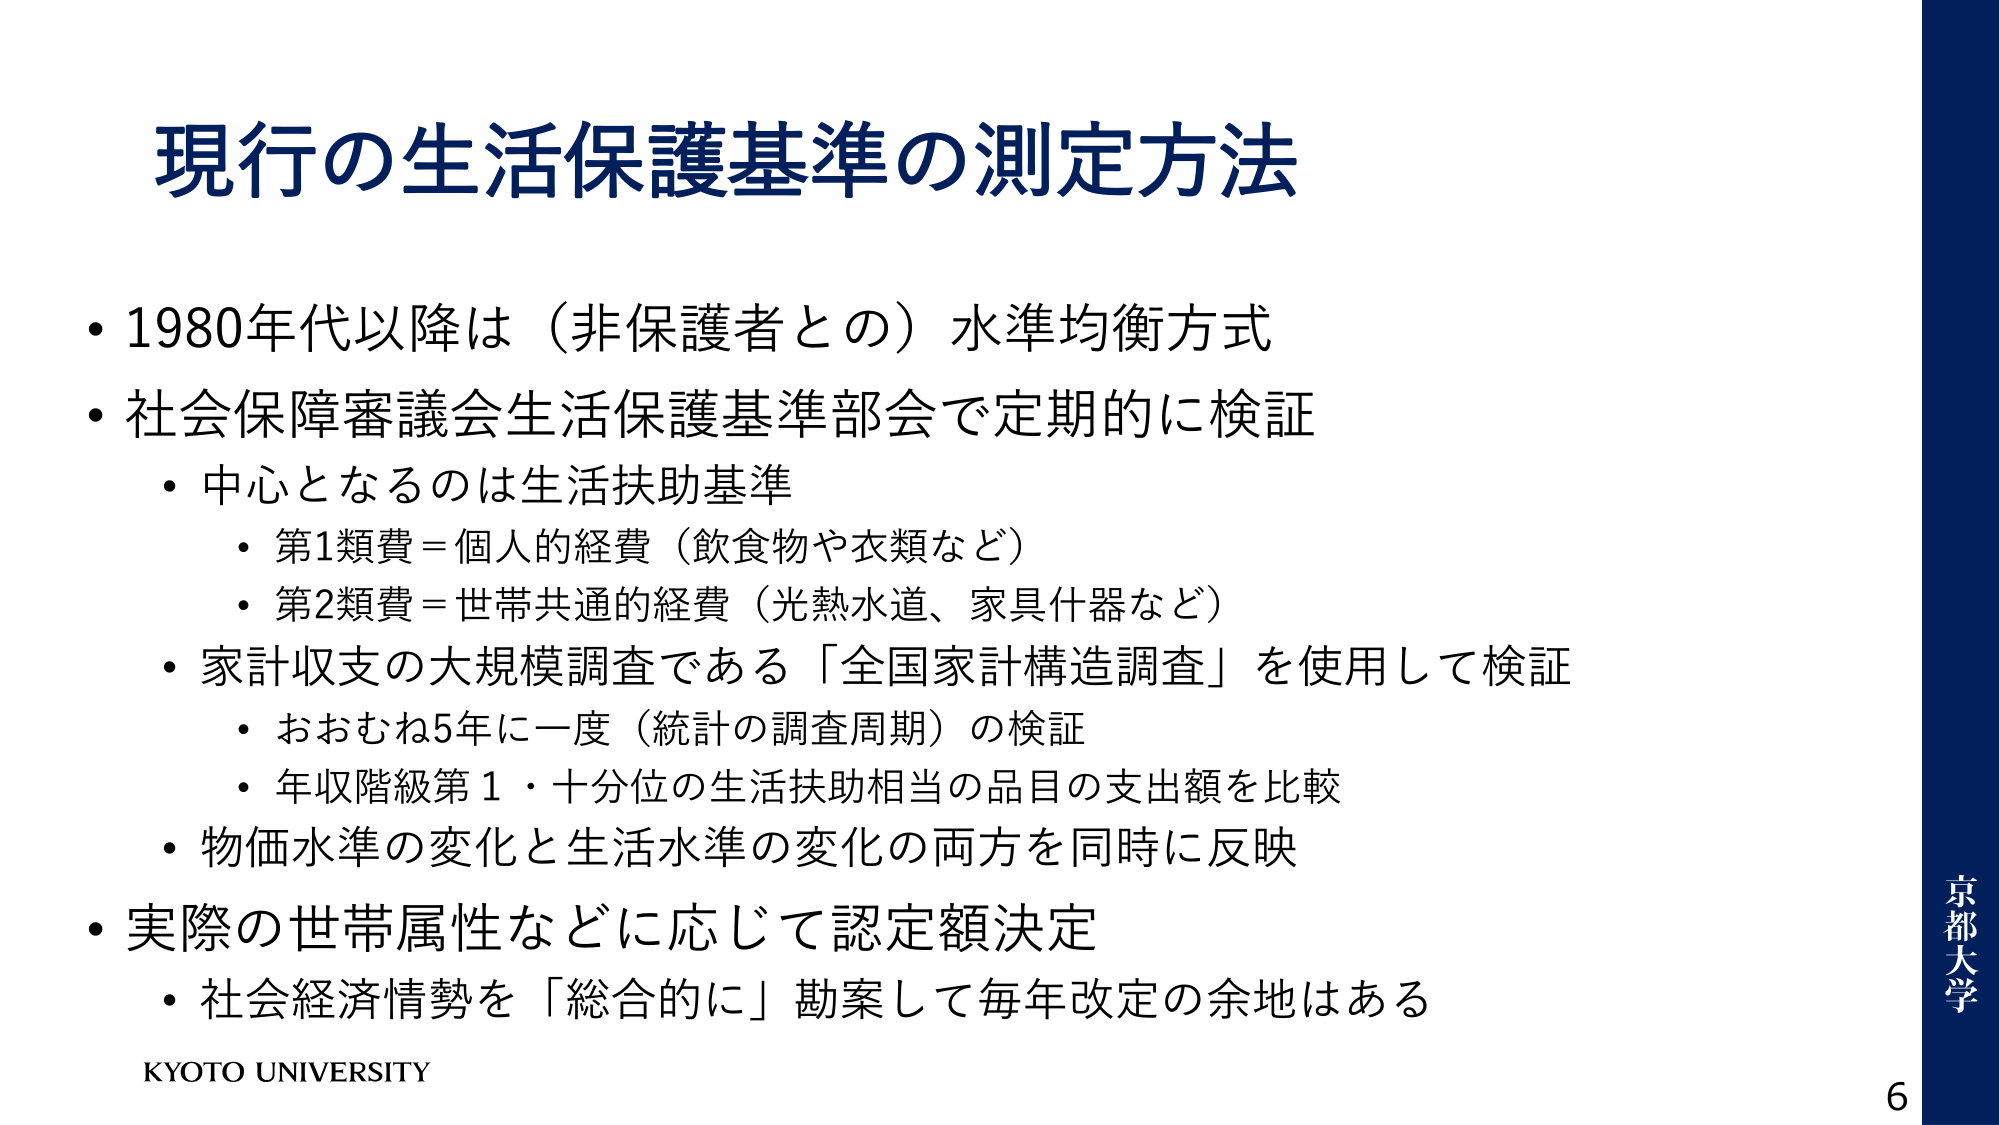
現行の生活保護基準の測定方法

・1980年代以降は（非保護者との）水準均衡方式
・社会保障審議会生活保護基準部会で定期的に検証
　・中心となるのは生活扶助基準
　　・第1類費＝個人的経費（飲食物や衣類など）
　　・第2類費＝世帯共通的経費（光熱水道、家具什器など）
　・家計収支の大規模調査である「全国家計構造調査」を使用して検証
　　・おおむね5年に一度（統計の調査周期）の検証
　　・年収階級第1・十分位の生活扶助相当の品目の支出額を比較
　・物価水準の変化と生活水準の変化の両方を同時に反映
・実際の世帯属性などに応じて認定額決定
　・社会経済情勢を「総合的に」勘案して毎年改定の余地はある

KYOTO UNIVERSITY

京都大学
6